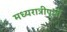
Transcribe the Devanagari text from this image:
मध्यरात्रीपूर्वी